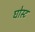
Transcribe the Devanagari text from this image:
घोस्‍ट